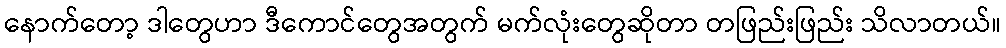
နောက်တော့ ဒါတွေဟာ ဒီကောင်တွေအတွက် မက်လုံးတွေဆိုတာ တဖြည်းဖြည်း သိလာတယ်။